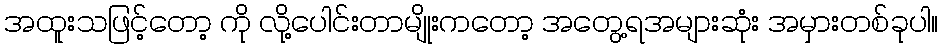
အထူးသဖြင့်တော့ ကို လို့ပေါင်းတာမျိုးကတော့ အတွေ့ရအများဆုံး အမှားတစ်ခုပါ။